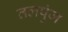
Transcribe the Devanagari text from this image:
तलपुंज